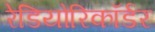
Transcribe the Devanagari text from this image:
रेडियोरिकॉर्डर